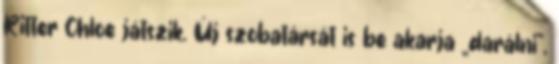
Ritter Chloe játszik. Új szobatársát is be akarja „darálni",